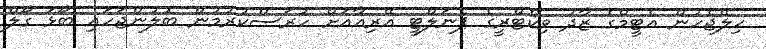
ހިލޭޖެހުން އެޓީމްގެ ޒާދު ވިކްޓްރީގެ ޕެނަލްޓީ އޭރިއާއަށް ހުރަސްކުރުމުން ބޮލުންޖަހައި ބޯޅަ ގޯލް